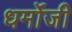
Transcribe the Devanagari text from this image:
धर्मोजी